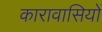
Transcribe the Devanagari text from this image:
कारावासियों